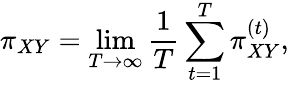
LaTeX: \pi_{XY}=\operatorname*{lim}_{T\to\infty}\frac{1}{T}\sum_{t=1}^{T}\pi_{XY}^{(t)},